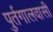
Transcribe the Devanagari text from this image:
पुर्तगालवासी